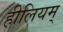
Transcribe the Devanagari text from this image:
हीलियम्